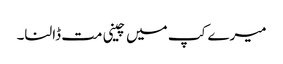
میرے کپ میں چینی مت ڈالنا۔